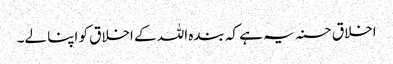
اخلاق حسنہ یہ ہے کہ بندہ اللہ کے اخلاق کو اپنا لے۔